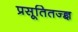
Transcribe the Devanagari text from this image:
प्रसूतितज्ज्ञ